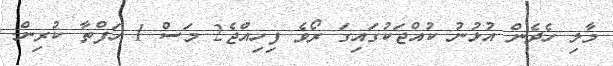
މާލި ހެދެން އުޅުނު ކުއްޖަކުގައިގަ ރޯވެ ފިހިއްޖެ2 މަސް 1 ހަފްތާ ކުރިން.